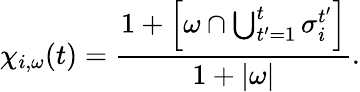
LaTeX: \chi_{i,\omega}(t)=\frac{1+\Big[\omega\cap\bigcup_{t^{\prime}=1}^{t}\sigma_{i}^{t^{\prime}}\Big]}{1+|\omega|}.